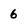
Character: 6